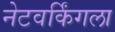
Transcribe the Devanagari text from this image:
नेटवर्किंगला